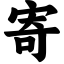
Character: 寄